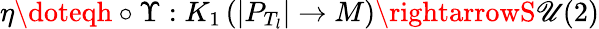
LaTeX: \eta\doteqh\circ\Upsilon:K_{1}\left(|P_{T_{l}}|\rightarrow{M}\right)\rightarrowS\mathscr{U}(2)